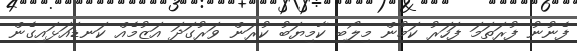
ފެނުނު ފުރަތަމަ ފަހަރު ކަމުން މިލޯބި ކާމިޔަބު ކުރަން ވަރުގަދަ އަޒުމެއް ކަނޑައަޅައިގެން